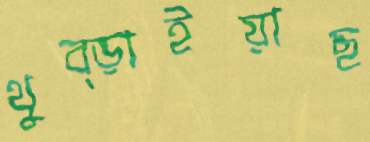
থুব্‌ড়াইয়াছ